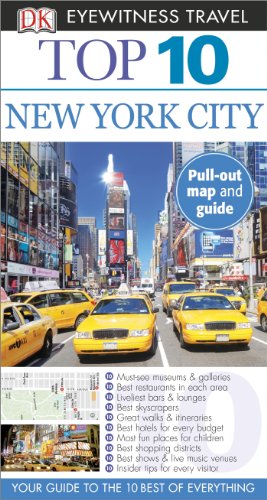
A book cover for Top 10 New York City (Eyewitness Top 10 Travel Guide); Eleanor Berman; Travel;